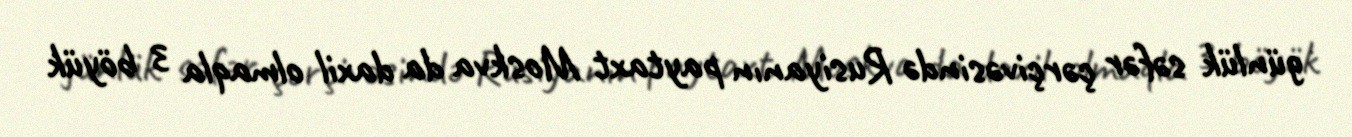
günlük səfər çərçivəsində Rusiyanın paytaxt Moskva da daxil olmaqla 3 böyük